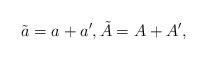
LaTeX: \begin{align*}\tilde{a}= a + a', \tilde{A}= A +A',\end{align*}